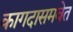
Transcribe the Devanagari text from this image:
कागदासमवेत